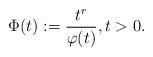
LaTeX: \begin{align*}\Phi(t) := \frac{t^r}{\varphi(t)}, t>0.\end{align*}